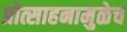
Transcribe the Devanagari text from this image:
प्रोत्साहनामुळेच